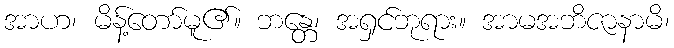
အာဟ၊ မိန့်တော်မူ၏။ ဘန္တေ၊ အရှင်ဘုရား။ အာမအဘိဇာနာမိ၊